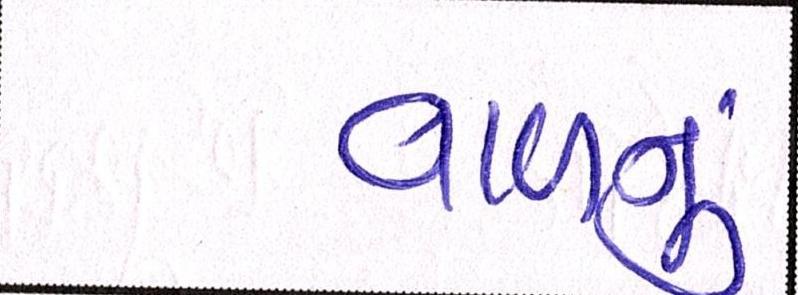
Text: વાળનું